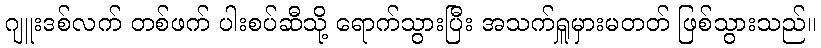
ဂျူးဒစ်လက် တစ်ဖက် ပါးစပ်ဆီသို့ ရောက်သွားပြီး အသက်ရှူမှားမတတ် ဖြစ်သွားသည်။